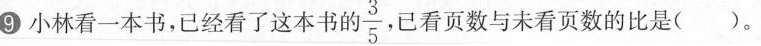
⑨小林看一本书，已经看了这本书 的\frac{3}{5}，已看页数与未看页数的比是()。